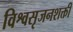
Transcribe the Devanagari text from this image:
विश्वसृजनशक्ती